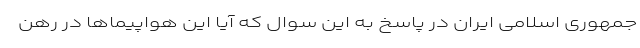
جمهوری اسلامی ایران در پاسخ به این سوال که آیا این هواپیماها در رهن